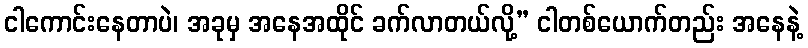
ငါကောင်းနေတာပဲ၊ အခုမှ အနေအထိုင် ခက်လာတယ်လို့” ငါတစ်ယောက်တည်း အနေနဲ့